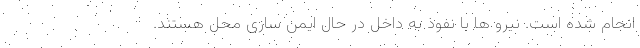
انجام شده است. نیرو ها با نفوذ به داخل در حال ایمن سازی محل هستند.